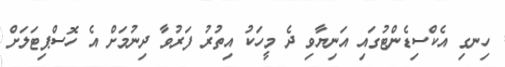
ހިނގި އެކްސިޑެންޓުގައި އަނިޔާވި ދެ މީހަކު އިތުރު ފަރުވާ ދިނުމަށް އެ ހޮސްޕިޓަލަށް